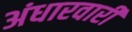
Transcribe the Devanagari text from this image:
अंधारवारी